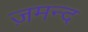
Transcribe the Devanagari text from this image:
ज़मन्द